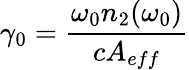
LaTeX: \gamma_{0}=\frac{\omega_{0}n_{2}(\omega_{0})}{cA_{eff}}